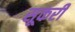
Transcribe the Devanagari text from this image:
सूकरी